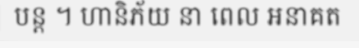
បន្ត ។ ហានិភ័យ នា ពេល អនាគត